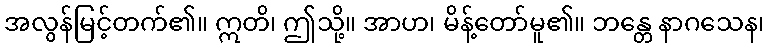
အလွန်မြင့်တက်၏။ ဣတိ၊ ဤသို့။ အာဟ၊ မိန့်တော်မူ၏။ ဘန္တေ နာဂသေန၊